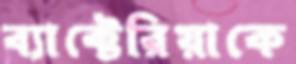
ব্যাক্টেরিয়াকে